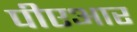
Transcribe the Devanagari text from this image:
पीएआर